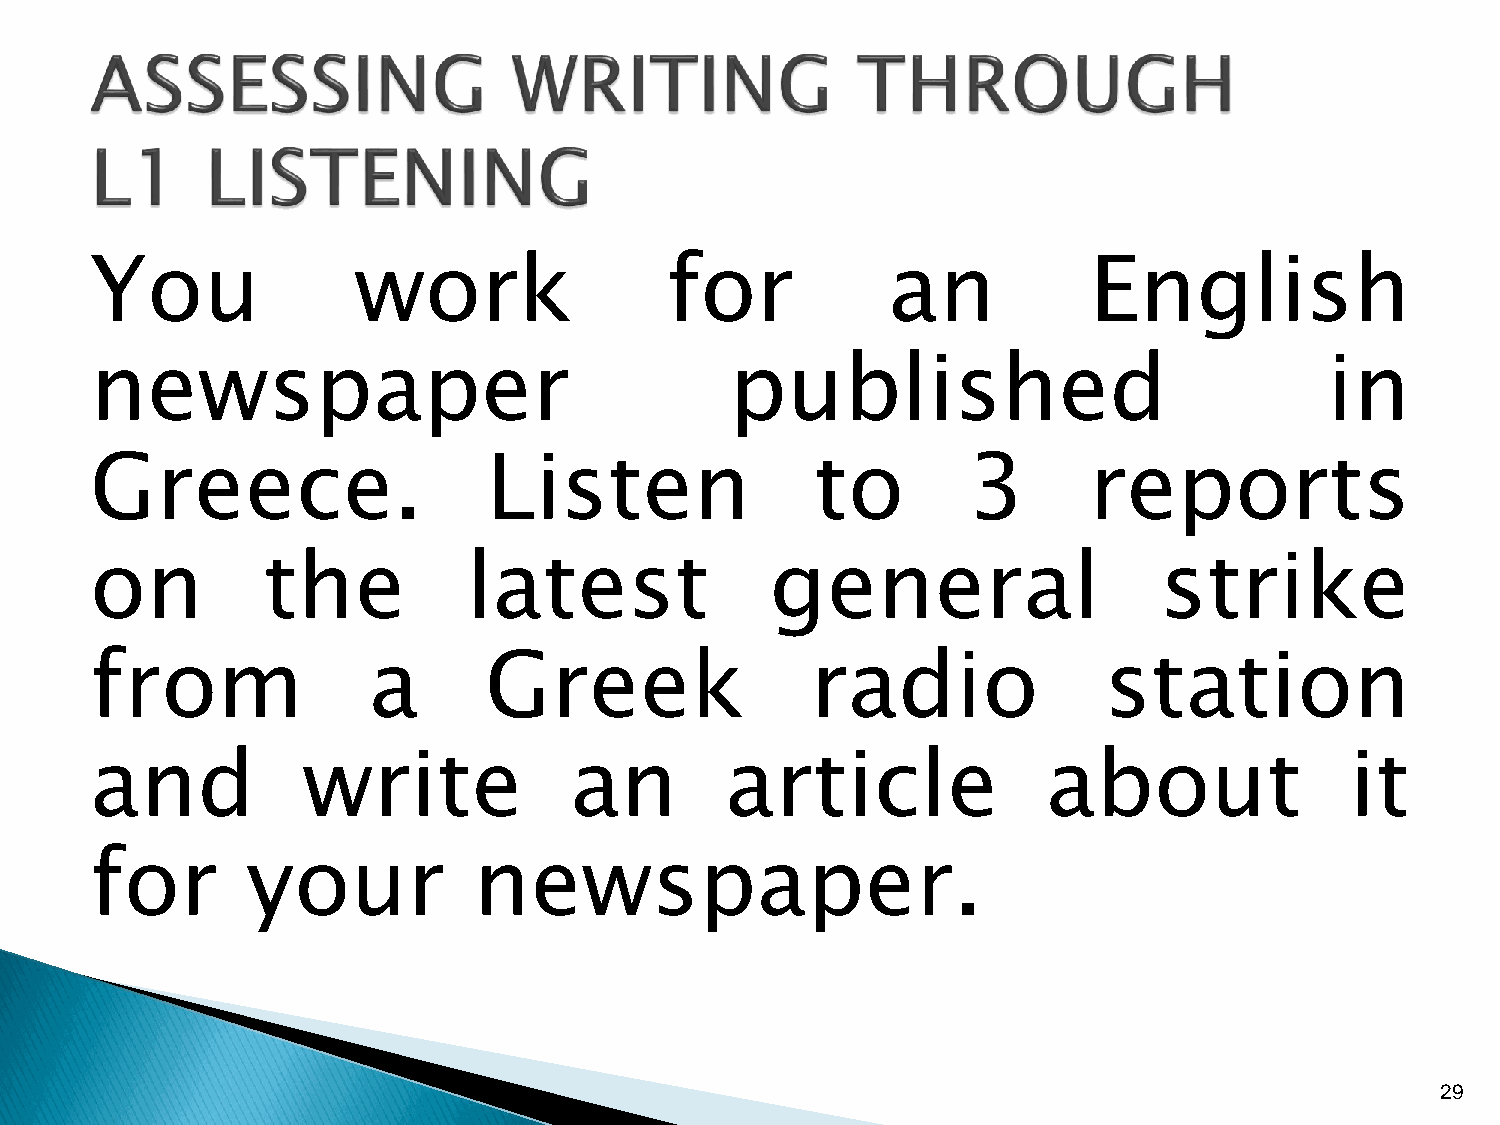
You              work                 for            an           English
 newspaper                                 published                               in
 Greece.                   Listen                to        3       reports
 on         the           latest              general                   strike
 from              a       Greek                 radio              station
 and           write             an        article              about               it
 for       your           newspaper.
 29